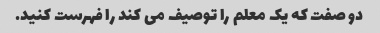
دو صفت که یک معلم را توصیف می کند را فهرست کنید.